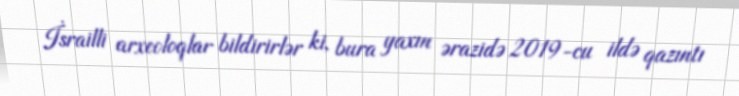
İsrailli arxeoloqlar bildirirlər ki, bura yaxın ərazidə 2019-cu ildə qazıntı